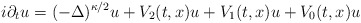
\begin{align*}i\partial_t u=(-\Delta)^{\kappa/2}u+V_2(t,x) u+V_1(t,x) u+V_0(t,x) u\\\end{align*}